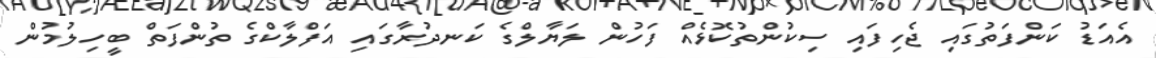
އެއަޑު ކަންފަތުގައި ޖެހިފައި ސިކުންތުކޮޅެއް ފަހުން ލަޔާލްގެ ކަނދުރާގައި އަފްލާކްގެ ތުންފަތް ބީހިލުމުން